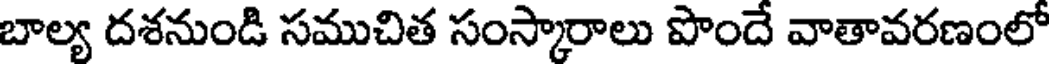
బాల్య దశనుండి సముచిత సంస్కారాలు పొందే వాతావరణంలో